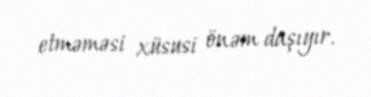
etməməsi xüsusi önəm daşıyır.